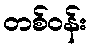
တစ်ဝန်း